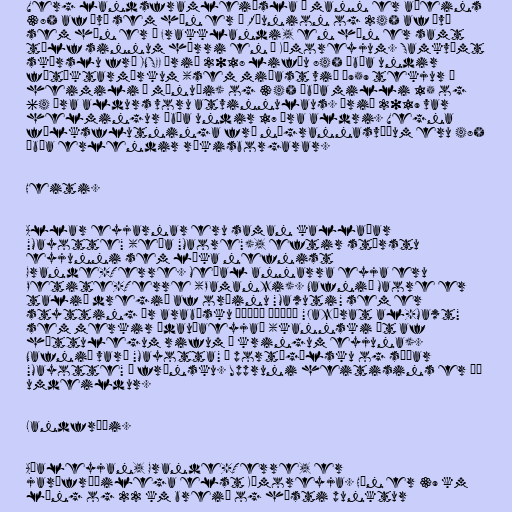
Verg landsframleiðsla á mann er aðeins
38% af því sem hún er á Réunion og 24% af því
sem hún er í Frakklandi, en hún er samt
tólf sinnum hærri en á Kómoreyjum. Samkvæmt
skýrslu frá INSEE árið 2018 lifðu 84% íbúa undir
fátæktarmörkum (sem miðast við €959 tekjur á
heimili á mánuði) og 34% íbúa milli 15 og
64 ára aldurs voru atvinnulaus. Árið 2019 var
helmingur íbúa undir 17 ára aldri. Vegna
fólksflutninga frá nágrannasvæðum eru 48%
íbúa erlendir ríkisborgarar.

Heiti.

Allar eyjarnar eru saman kallaðar
"Mayotte" (eða "Maore"), eftir stærstu
eyjunni sem líka nefnist
Grande-Terre. Meðal annarra eyja eru
Petite-Terre (Pamanzi). Nafnið Maore er
talið dregið af orðinu "Mawuti" sem er
stytting úr arabísku جزيرة الموت "Jazīrat al-Mawt"
sem merkir „dauðaeyja“ (kannski út af
hættulegum rifum í kringum eyjuna).
Nafnið varð "Mayotta" á portúgölsku og síðar
"Mayotte" á frönsku. Uppruni heitisins er þó
umdeildur.

Landfræði.

Aðaleyjan, Grande-Terre, er
jarðfræðilega elst Kómoreyja. Hún er 39 km
löng og 22 km breið og hæsti punktur